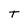
Character: t